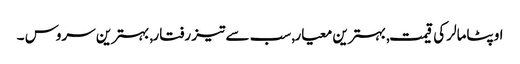
اوپٹامالر کی قیمت, بہترین معیار, سب سے تیز رفتار, بہترین سروس ۔